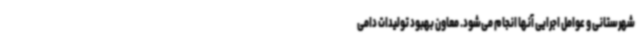
شهرستانی و عوامل اجرایی آنها انجام می‌شود. معاون بهبود تولیدات دامی